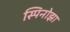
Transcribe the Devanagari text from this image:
स्पिनोझा